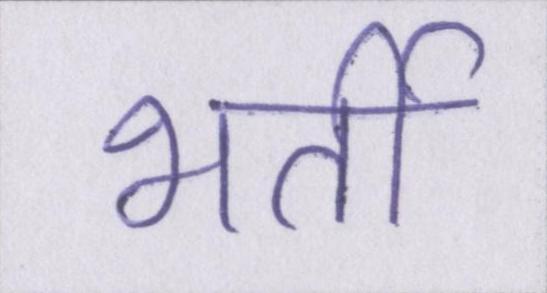
भर्ती